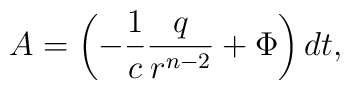
A=\left(-{1\over c}{q\over r^{n-2}}+\Phi\right)dt,